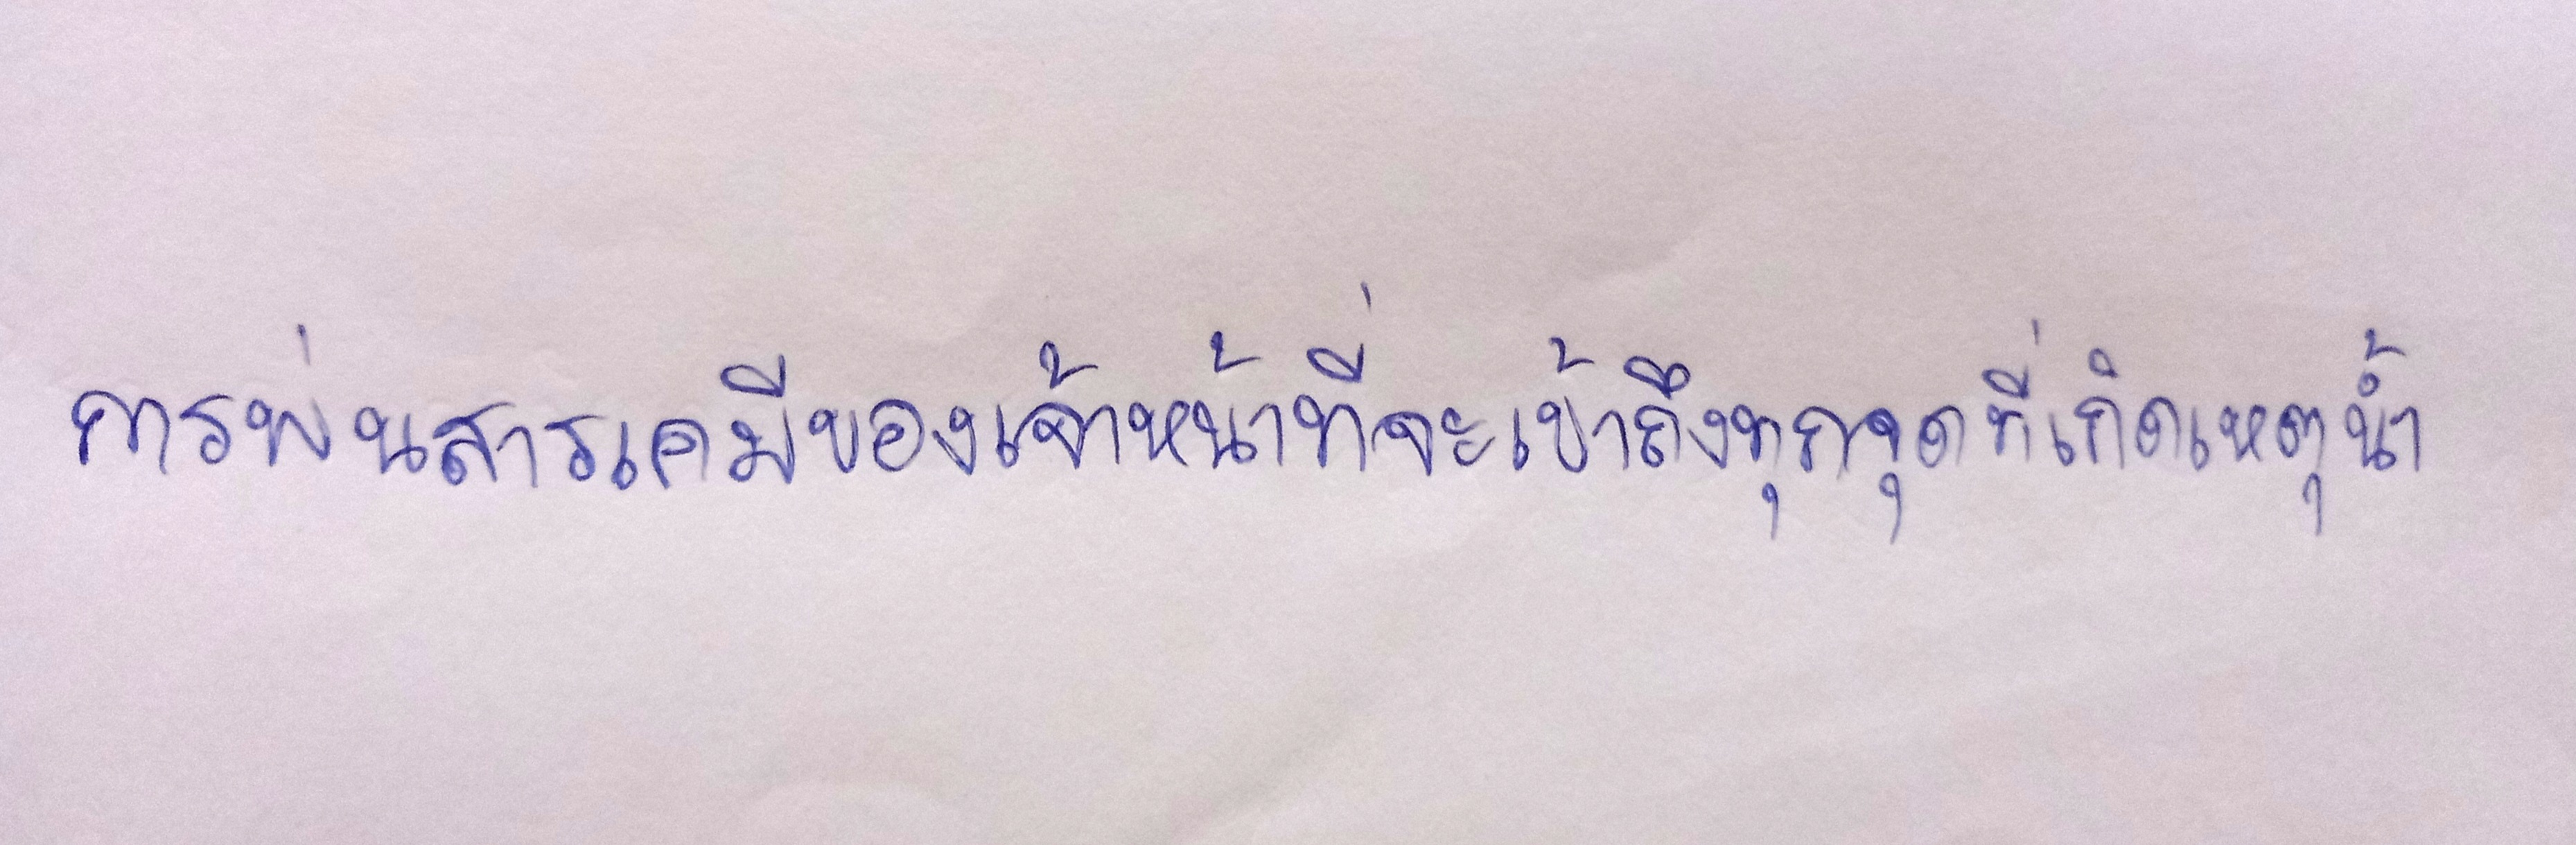
การพ่นสารเคมีของเจ้าหน้าที่จะเข้าถึงทุกจุดที่เกิดเหตุน้ำ